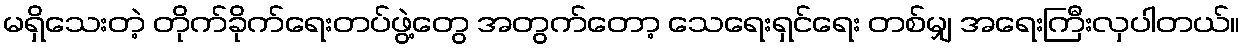
မရှိသေးတဲ့ တိုက်ခိုက်ရေးတပ်ဖွဲ့တွေ အတွက်တော့ သေရေးရှင်ရေး တစ်မျှ အရေးကြီးလှပါတယ်။